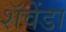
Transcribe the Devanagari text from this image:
शॅवेंडा